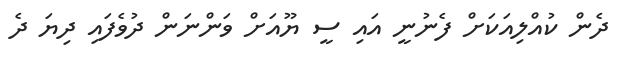
ދެން ކުއްލިއަކަށް ފެނުނީ އައި ސީ ޔޫއަށް ވަންނަން ދުވެފައި ދިޔަ ދެ